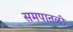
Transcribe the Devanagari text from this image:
समपातळी